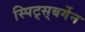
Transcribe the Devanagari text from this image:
स्पिट्स्‌बर्गेन